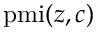
\mathrm { p m i } ( z , c )